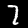
Digit: 7